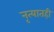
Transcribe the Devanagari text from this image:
नृत्यातही